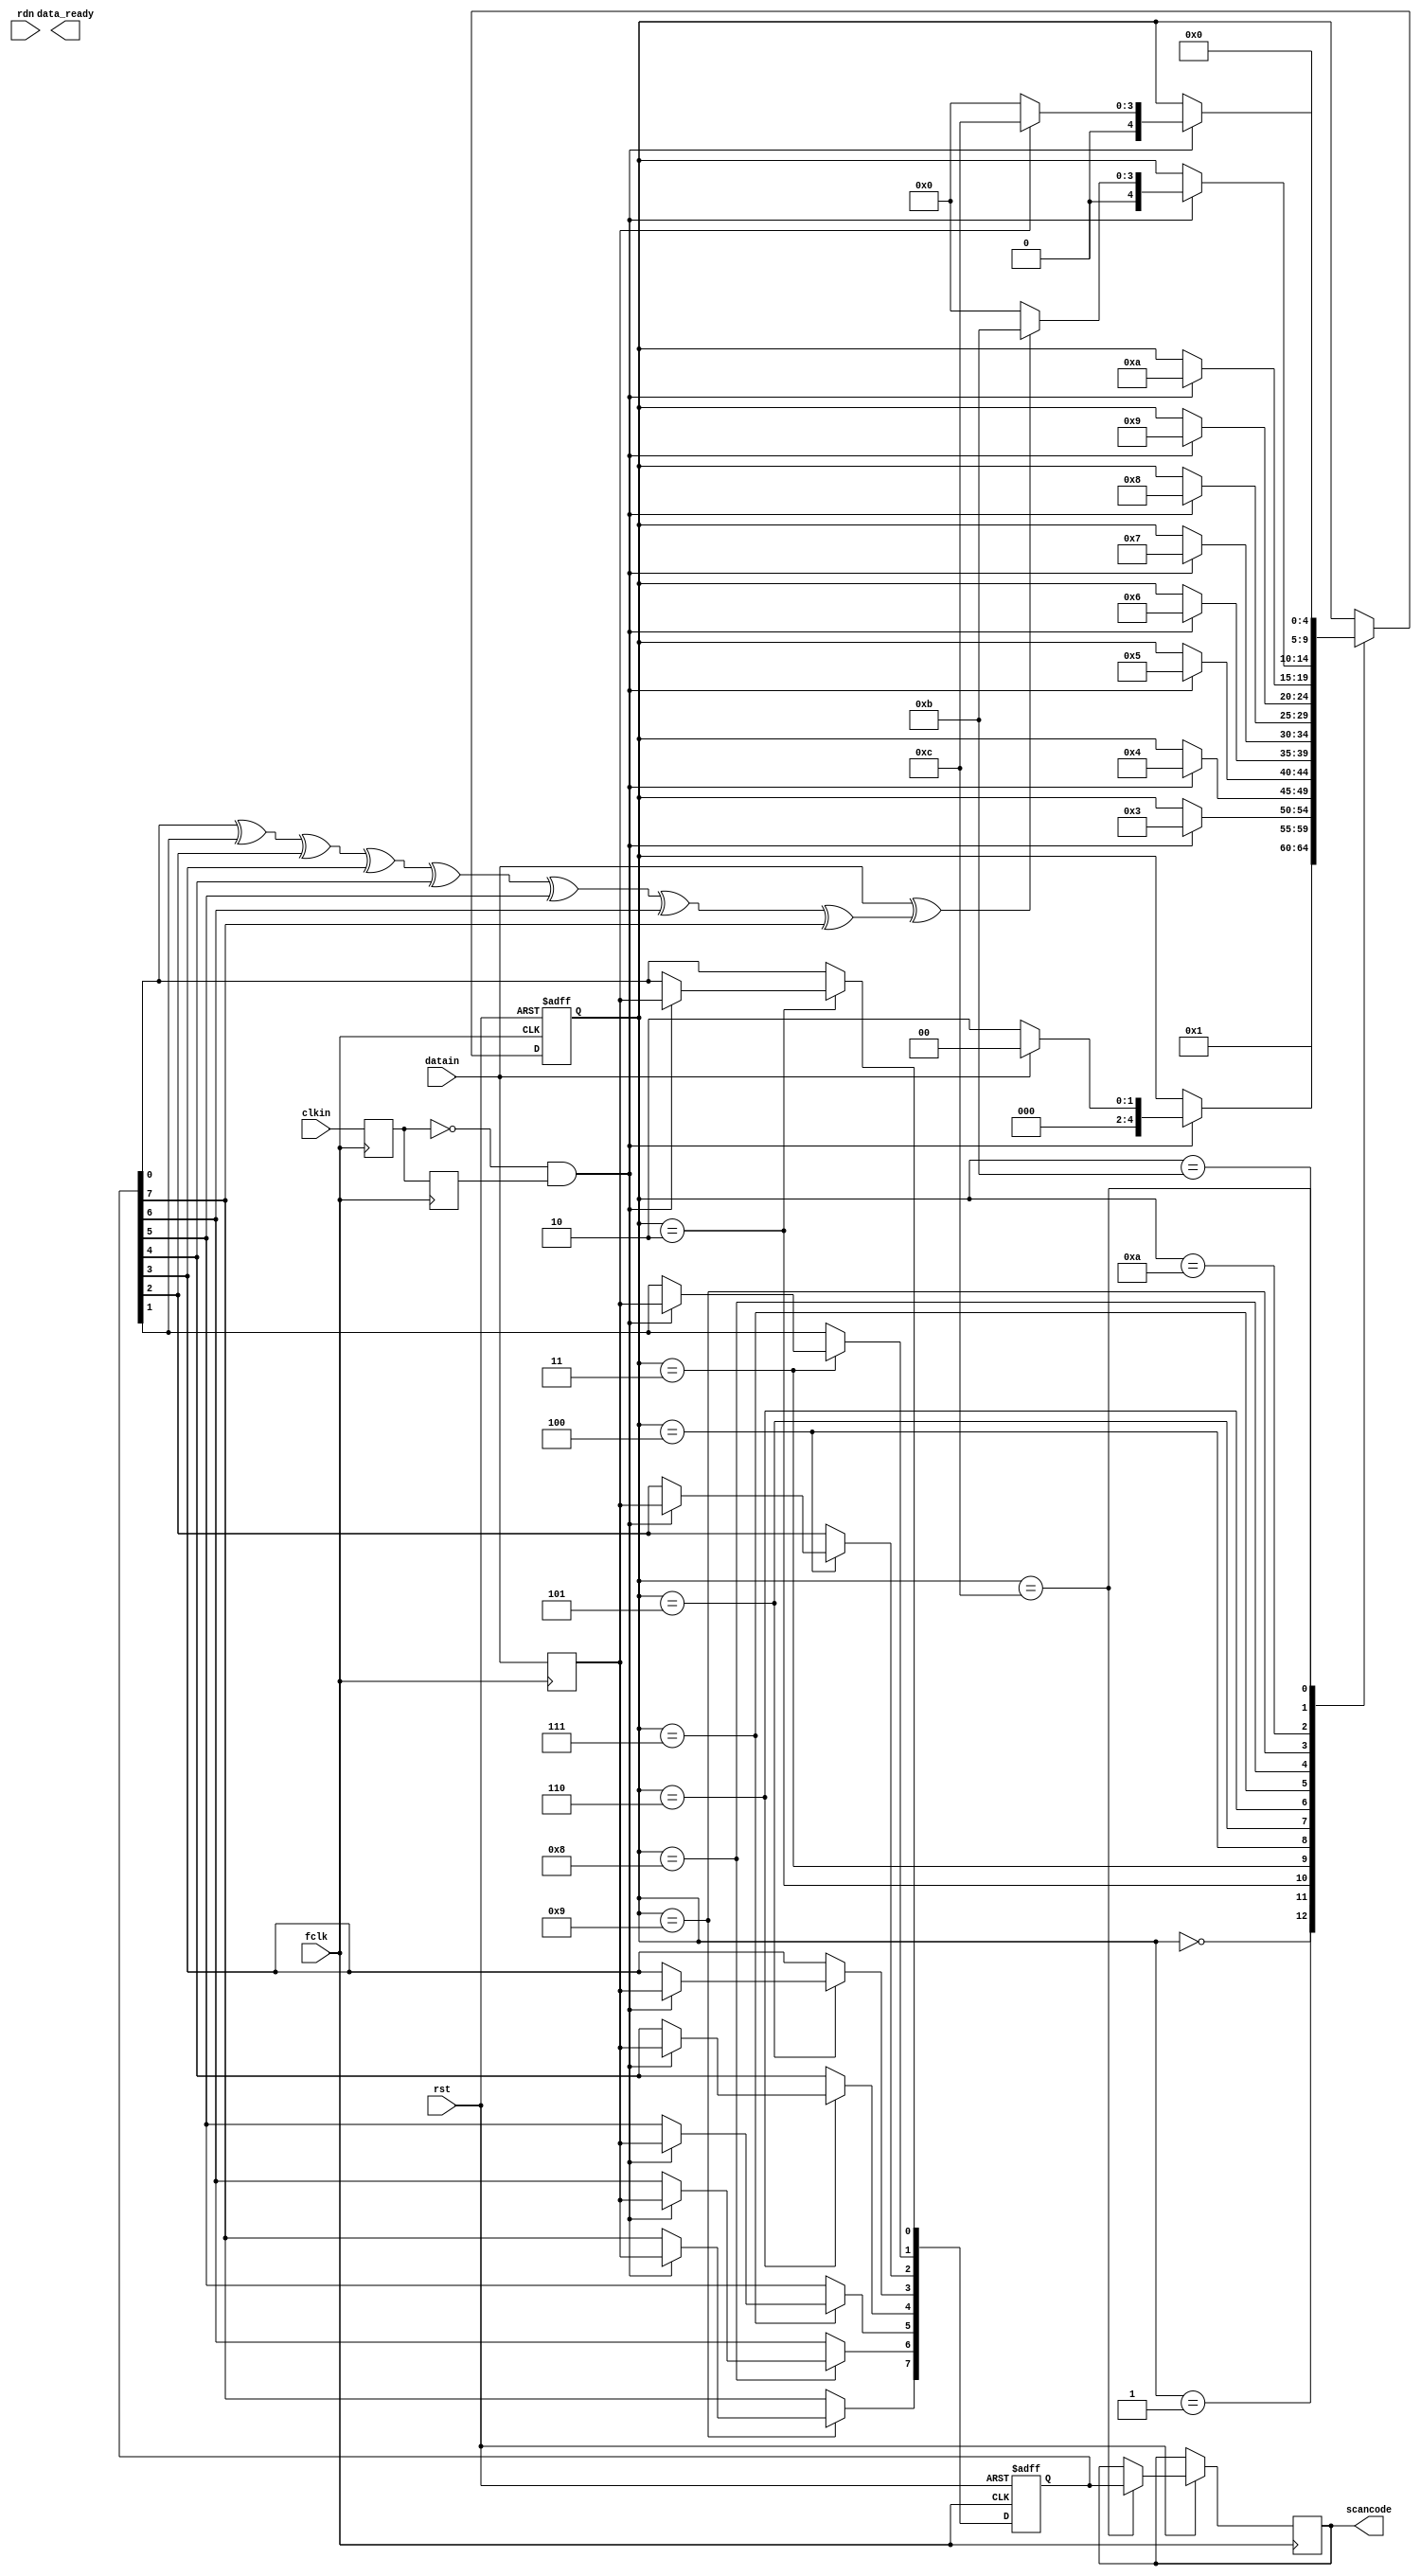
module keyboard (
    input datain, clkin,
    input fclk, rst,
	 input rdn,
	 output data_ready,
    output reg [7:0] scancode
);

reg [4:0] state;
reg data, clk1, clk2;
reg [7:0] code;
reg dataready;
reg p2, p1;
wire clk, odd;

localparam  DELAY   = 5'b00000,
            START   = 5'b00001,
            D0      = 5'b00010,
            D1      = 5'b00011,
            D2      = 5'b00100,
            D3      = 5'b00101,
            D4      = 5'b00110,
            D5      = 5'b00111,
            D6      = 5'b01000,
            D7      = 5'b01001,
            PARITY  = 5'b01010,
            STOP    = 5'b01011,
            FINISH  = 5'b01100;

initial begin
	state = 0;
	dataready = 0;
	p1 = 0;
	p2 = 0;
end

assign clk = (~clk1) & clk2;
assign odd = code[0] ^ code[1] ^ code[2] ^ code[3]
            ^ code[4] ^ code[5] ^ code[6] ^ code[7]; 

always @(posedge fclk) begin
    clk1 <= clkin;
    clk2 <= clk1;
    data <= datain;
end

always @(posedge fclk or negedge rst) begin
    if (rst == 0) begin
        // reset
		  p2 <= 0;
		  dataready <= 0;
        state   <= DELAY;
        code    <= 8'b00000000;
    end
    else begin
	 //when rdn is enabled (means the data is read over)
	 //we can set the dataready back to zero
		  if (rdn && dataready == 1) begin
				dataready <= 0;
		  end
        case (state)
        DELAY:
            state <= START;
        START:
		  begin
            if (clk) begin
                if (!datain) begin
                    state <= D0;
                end else begin
                    state <= DELAY;
                end
            end
		  end
        D0:
            if (clk) begin
                code[0] <= data;
                state   <= D1;
            end
        D1:
            if (clk) begin
                code[1] <= data;
                state   <= D2;
            end
        D2:
            if (clk) begin
                code[2] <= data;
                state   <= D3;
            end
        D3:
            if (clk) begin
                code[3] <= data;
                state   <= D4;
            end
        D4:
            if (clk) begin
                code[4] <= data;
                state   <= D5;
            end
        D5:
            if (clk) begin
                code[5] <= data;
                state   <= D6;
            end
        D6:
            if (clk) begin
                code[6] <= data;
                state   <= D7;
            end
        D7:
            if (clk) begin
                code[7] <= data;
                state   <= PARITY;
            end 
        PARITY:
            if (clk) begin
                if (datain ^ odd == 1) begin
                    state <= STOP;
                end else begin
                    state <= DELAY;
                end
            end
        STOP:
            if (clk) begin
                if (data) begin
                    state <= FINISH;
                end else begin
                    state <= DELAY;
                end
            end
        FINISH:
            begin
                state <= DELAY;
                scancode <= code;
            end
        endcase
    end
end

always @(posedge rdn, negedge rst)  begin
	if (rst == 0)
		p1 <= 0;
	else begin
		p1 <= ~p1;
	end
end

endmodule